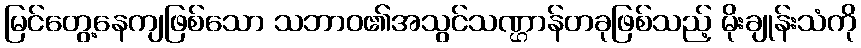
မြင်တွေ့နေကျဖြစ်သော သဘာဝ၏အသွင်သဏ္ဌာန်တခုဖြစ်သည့် မိုးချုန်းသံကို